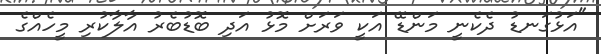
"އަޅުގަނޑު ދެކެނީ މަންޑޭ އަކީ ވަރަށް މޮޅު އަދި ބޮޑުބެރު އާލާކުރި މީހެއްގެ